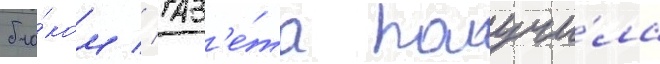
бло́ком // Газ'е́та получи́ла